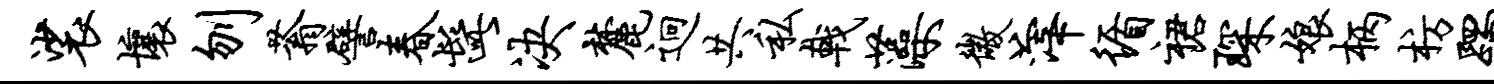
裟壤刎蓊譬春髭决麓迥共私戟藻微滓循裙琛娘柄枋躅